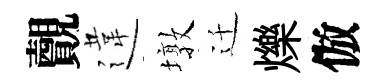
覿違墩迁爍倣